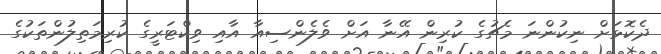
ދެކޮޅަށް ނިކުންނަ މެޗުގެ ކުރިން އޭނާ އަށް ވެލެންސިއާ އާއި ވިކްޓަރީގެ ކުރިމަތިލުންތަކުގެ